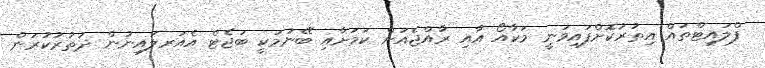
ފްލައިޓްތައް އިތުރުކޮށްފައިވަނީ މަކާއޯ އާއި ރާއްޖެއަށް ކަމަށާއި ބޭނުމަކީ ބަޖެޓް އެއަރލައިނުން ދަތުރުކުރަން